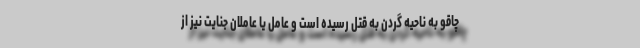
چاقو به ناحیه گردن به قتل رسیده است و عامل یا عاملان جنایت نیز از